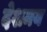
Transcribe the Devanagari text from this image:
देशमय